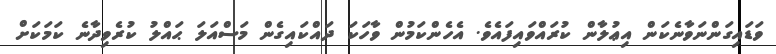
ވަޑައިގަންނަވާނެކަން އިޢުލާން ކުރައްވައިފައެވެ. އެހެންކަމުން ވާހަކަ ދައްކައިގެން މަސްއަލަ ޙައްލު ކުރެވިދާނެ ކަމަކަށް